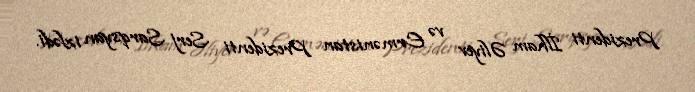
Prezidenti İlham Əliyev və Ermənistan Prezidenti Serj Sarqsyan izlədi.